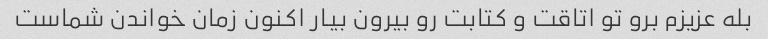
بله عزیزم برو تو اتاقت و کتابت رو بیرون بیار اکنون زمان خواندن شماست